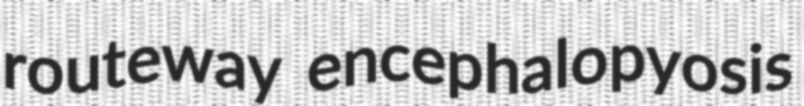
routeway encephalopyosis